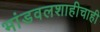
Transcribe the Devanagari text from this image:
भांडवलशाहीचाही